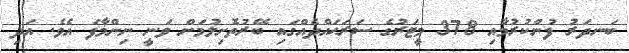
ބަނދަރު ފުންކުރުމާއި 378 މީޓަރުގެ ސަރަޙައްދެއްގައި ބޭރުތޮށިލުމަށް ވަނީ ނިންމާފަ އެވެ. އަދި